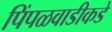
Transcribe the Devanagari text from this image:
पिंपळवाडीकडे